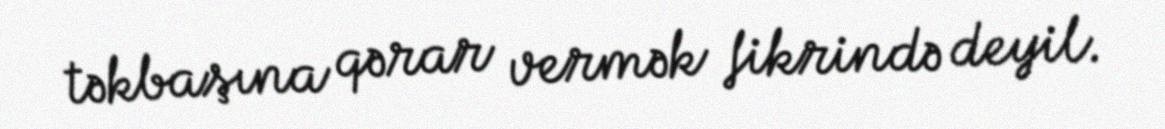
təkbaşına qərar vermək fikrində deyil.